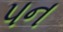
પન